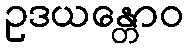
ဥဒယန္တောဝ